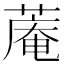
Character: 蓭